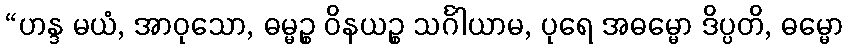
“ဟန္ဒ မယံ, အာဝုသော, ဓမ္မဉ္စ ဝိနယဉ္စ သင်္ဂါယာမ, ပုရေ အဓမ္မော ဒိပ္ပတိ, ဓမ္မော